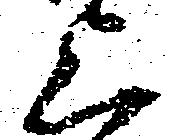
上